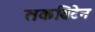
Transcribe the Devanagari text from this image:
तकब्रिटेन